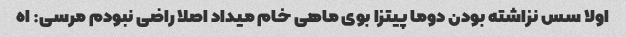
اولا سس نزاشته بودن دوما پیتزا بوی ماهی خام میداد اصلا راضی نبودم مرسی: اه